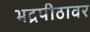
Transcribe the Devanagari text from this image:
भद्रपीठावर